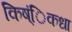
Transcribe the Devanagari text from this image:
किष्ंिकधा